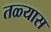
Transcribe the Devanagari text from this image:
तळ्यास